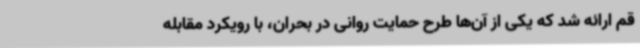
قم ارائه شد که یکی از آن‌ها طرح حمایت روانی در بحران، با رویکرد مقابله